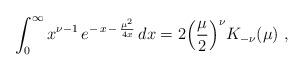
LaTeX: \begin{align*}\int_0^\infty x^{\nu -1} \, e^{-\,x \,-\,{\mu^2\over 4x}} \, dx =2\Big({\mu\over 2}\Big)^\nu K_{-\nu}(\mu) \ ,\end{align*}